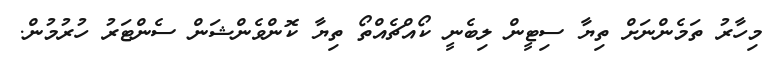
މިހާރު ތަމެންނަށް ތިޔާ ސިޓީން ލިބެނީ ކޯއްޗެއްތޯ ތިޔާ ކޮންވެންޝަން ސެންޓަރު ހުރުމުން.